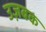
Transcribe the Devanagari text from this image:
उज़बक